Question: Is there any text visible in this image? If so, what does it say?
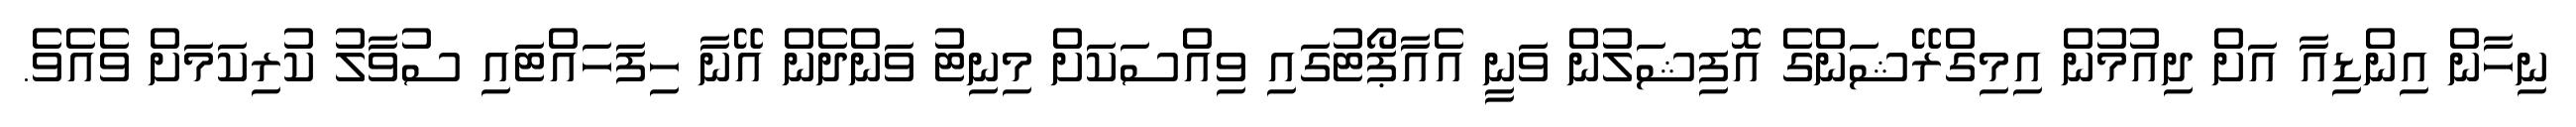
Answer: ނިހާން އިންޑިއާ އަށް ދިއުމުން އިމިގްރޭޝަންގެ އޮފިޝަލުން ވަނީ އެއާޕޯޓުގައި ވިއްސަކަށް މިނިޓު ވަންދެން އޭނާ ހިފަހައްޓައި ސުވާލު ކުރިކަމަށް ވެއެވެ.